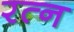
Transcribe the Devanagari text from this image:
रत्‍न